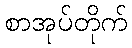
စာအုပ်တိုက်